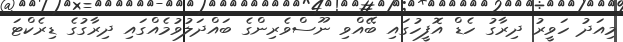
މިއަދު ހަވީރު ދިރާގު ހެޑް އޮފީހުގައި ބޭއްވި ނޫސްވެރިންގެ ބައްދަލުވުމެއްގައި ދިރާގުގެ ޑިރެކްޓަ